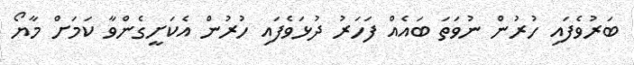
ބަރުވެފައި ހުރުން ނުވަތަ ބައެއް ފަހަރު ދުޅަވެފައި ހުރުން އެކަށީގެންވާ ކަމަށް މާޔޯ